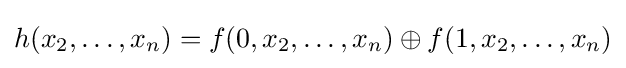
h(x_{2},\ldots ,x_{n})=f(0,x_{2},\ldots ,x_{n})\oplus f(1,x_{2},\ldots ,x_{n})